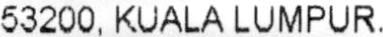
53200, KUALA LUMPUR